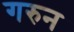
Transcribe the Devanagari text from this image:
गरुन